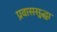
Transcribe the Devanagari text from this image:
प्रवाससुद्धा